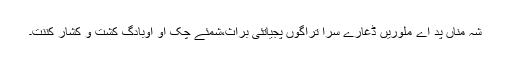
شہ مناں پد اے ملوریں ڈغارے سرا تراگوں پجیاتئی براث،شمئے چُک او اوبادگ کشت و کشار کننت۔